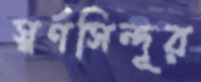
স্বর্ণসিন্দূর